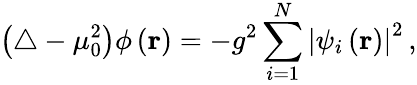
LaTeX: \left(\triangle-\mu_{0}^{2}\right)\phi\left({\mathbf r}\right)=-g^{2}\sum_{i=1}^{N}\left|\psi_{i}\left({\mathbf r}\right)\right|^{2}\, ,